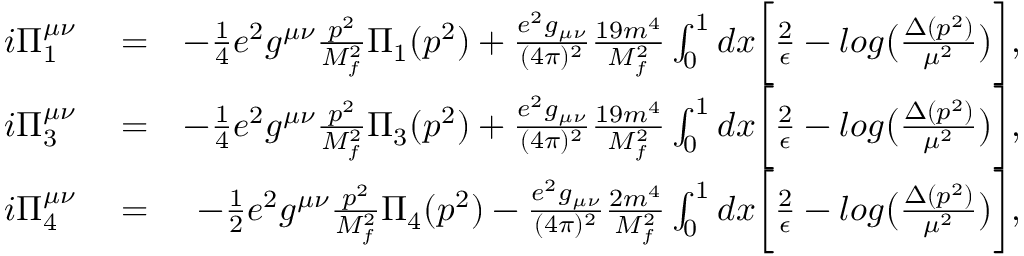
\begin{array} { r l r } { i \Pi _ { 1 } ^ { \mu \nu } } & { { } = } & { - \frac { 1 } { 4 } e ^ { 2 } g ^ { \mu \nu } \frac { p ^ { 2 } } { M _ { f } ^ { 2 } } \Pi _ { 1 } ( p ^ { 2 } ) + \frac { e ^ { 2 } g _ { \mu \nu } } { ( 4 \pi ) ^ { 2 } } \frac { 1 9 m ^ { 4 } } { M _ { f } ^ { 2 } } \int _ { 0 } ^ { 1 } d x \biggl [ \frac { 2 } { \epsilon } - l o g \bigl ( \frac { \Delta ( p ^ { 2 } ) } { \mu ^ { 2 } } \bigr ) \biggr ] , } \\ { i \Pi _ { 3 } ^ { \mu \nu } } & { { } = } & { - \frac { 1 } { 4 } e ^ { 2 } g ^ { \mu \nu } \frac { p ^ { 2 } } { M _ { f } ^ { 2 } } \Pi _ { 3 } ( p ^ { 2 } ) + \frac { e ^ { 2 } g _ { \mu \nu } } { ( 4 \pi ) ^ { 2 } } \frac { 1 9 m ^ { 4 } } { M _ { f } ^ { 2 } } \int _ { 0 } ^ { 1 } d x \biggl [ \frac { 2 } { \epsilon } - l o g \bigl ( \frac { \Delta ( p ^ { 2 } ) } { \mu ^ { 2 } } \bigr ) \biggr ] , } \\ { i \Pi _ { 4 } ^ { \mu \nu } } & { { } = } & { - \frac { 1 } { 2 } e ^ { 2 } g ^ { \mu \nu } \frac { p ^ { 2 } } { M _ { f } ^ { 2 } } \Pi _ { 4 } ( p ^ { 2 } ) - \frac { e ^ { 2 } g _ { \mu \nu } } { ( 4 \pi ) ^ { 2 } } \frac { 2 m ^ { 4 } } { M _ { f } ^ { 2 } } \int _ { 0 } ^ { 1 } d x \biggl [ \frac { 2 } { \epsilon } - l o g \bigl ( \frac { \Delta ( p ^ { 2 } ) } { \mu ^ { 2 } } \bigr ) \biggr ] , } \end{array}